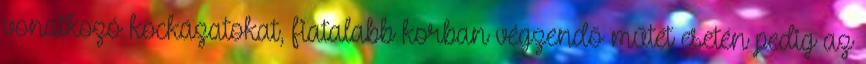
vonatkozó kockázatokat, fiatalabb korban végzendő műtét esetén pedig az